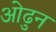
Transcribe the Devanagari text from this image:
ओढुन